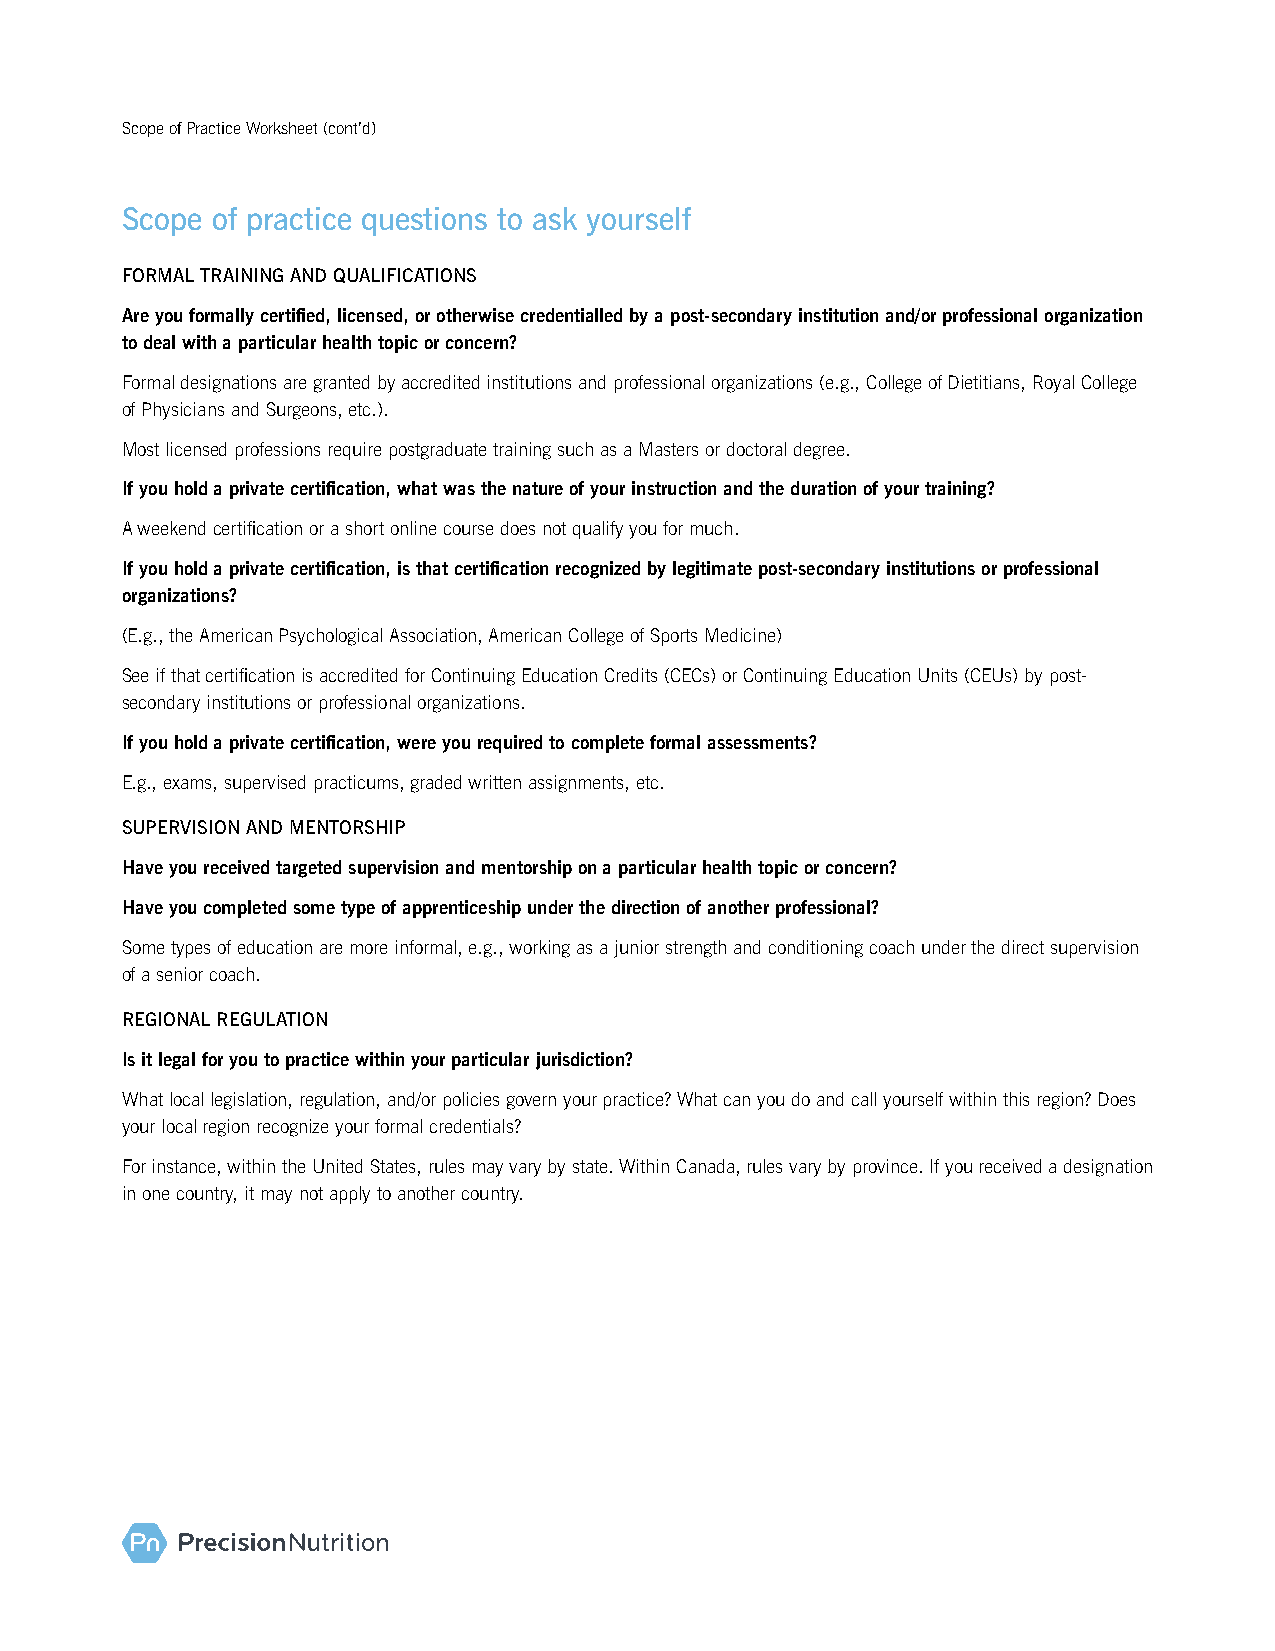
Scope of Practice Worksheet (cont’d)
 Scope of practice questions to ask yourself
 FORMAL TRAINING AND QUALIFICATIONS
 Are you formally certified, licensed, or otherwise credentialled by a post-secondary institution and/or professional organization
 to deal with a particular health topic or concern?
 Formal designations are granted by accredited institutions and professional organizations (e.g., College of Dietitians, Royal College
 of Physicians and Surgeons, etc.).
 Most licensed professions require postgraduate training such as a Masters or doctoral degree.
 If you hold a private certification, what was the nature of your instruction and the duration of your training?
 A weekend certification or a short online course does not qualify you for much.
 If you hold a private certification, is that certification recognized by legitimate post-secondary institutions or professional
 organizations?
 (E.g., the American Psychological Association, American College of Sports Medicine)
 See if that certification is accredited for Continuing Education Credits (CECs) or Continuing Education Units (CEUs) by post-
 secondary institutions or professional organizations.
 If you hold a private certification, were you required to complete formal assessments?
 E.g., exams, supervised practicums, graded written assignments, etc.
 SUPERVISION AND MENTORSHIP
 Have you received targeted supervision and mentorship on a particular health topic or concern?
 Have you completed some type of apprenticeship under the direction of another professional?
 Some types of education are more informal, e.g., working as a junior strength and conditioning coach under the direct supervision
 of a senior coach.
 REGIONAL REGULATION
 Is it legal for you to practice within your particular jurisdiction?
 What local legislation, regulation, and/or policies govern your practice? What can you do and call yourself within this region? Does
 your local region recognize your formal credentials?
 For instance, within the United States, rules may vary by state. Within Canada, rules vary by province. If you received a designation
 in one country, it may not apply to another country.